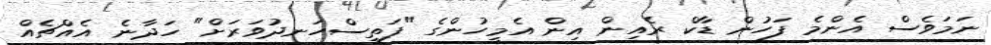
ނަމަވެސް އެންމެ ފަހުން ޑާކް ރެއިން އިން އެމީހުންގެ "ފަތިސްހަނދުވަރަށް" ހަދާނެ އެއްޗެއް